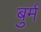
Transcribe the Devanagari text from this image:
बुर्म